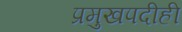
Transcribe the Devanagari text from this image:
प्रमुखपदीही